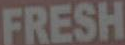
FRESH